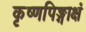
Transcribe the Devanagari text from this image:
कृष्णपिङ्गाक्षं